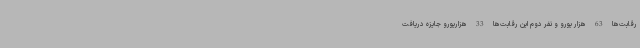
رقابت‌ها 63 هزار یورو و نفر دوم این رقابت‌ها 33 هزاریورو جایزه دریافت